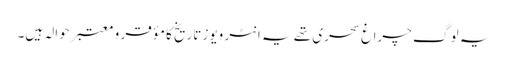
یہ لو گ چراغ سحری تھے یہ انٹر ویوز تاریخ کا مؤقر و معتبر حوالہ ہیں۔